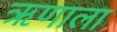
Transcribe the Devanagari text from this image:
ऋणाला